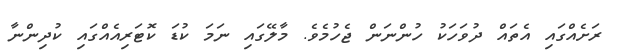
ރަށެއްގައި އެތައް ދުވަހަކު ހުންނަން ޖެހުމެވެ. މާލޭގައި ނަމަ ކުޑަ ކޮޓަރިއެއްގައި ކުދިންނާ